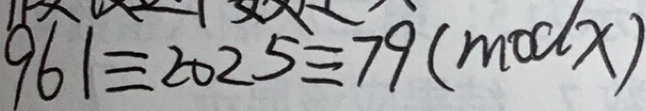
9 6 1 \equiv 2 0 2 5 = 7 9 ( m o d x )